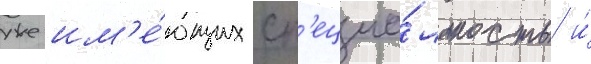
уже им'е́ющих сп'ециа́льность и́